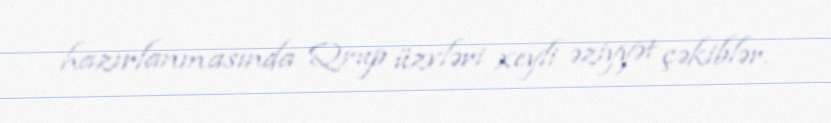
hazırlanmasında Qrup üzvləri xeyli əziyyət çəkiblər.